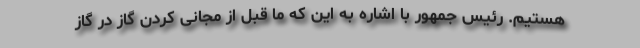
هستیم. رئیس جمهور با اشاره به این که ما قبل از مجانی کردن گاز در گاز